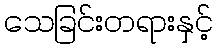
သေခြင်းတရားနှင့်